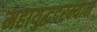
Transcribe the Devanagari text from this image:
महायुद्धदरम्यान